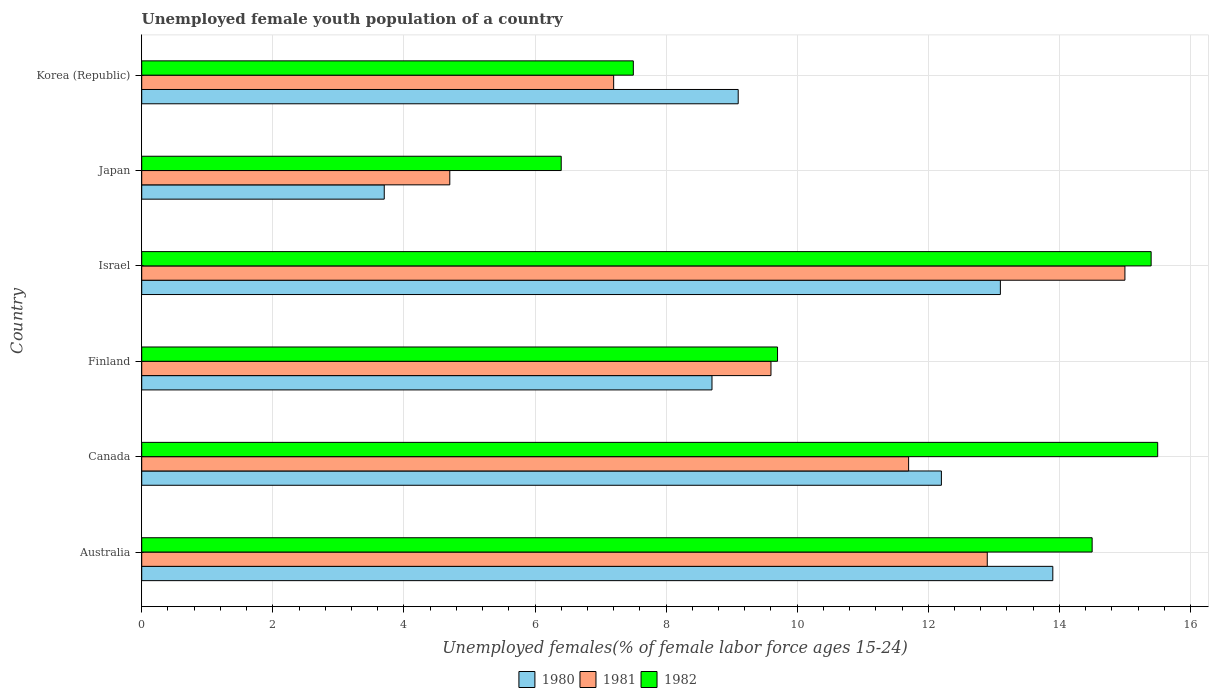
| Country | 1980 | 1981 | 1982 |
 | --- | --- | --- | --- |
 | Australia | 13.9 | 12.9 | 14.5 |
 | Canada | 12.2 | 11.7 | 15.5 |
 | Finland | 8.7 | 9.6 | 9.7 |
 | Israel | 13.1 | 15 | 15.4 |
 | Japan | 3.7 | 4.7 | 6.4 |
 | Korea (Republic) | 9.1 | 7.2 | 7.5 |